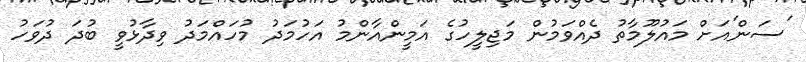
'ސަން'އަށް މައުލޫމާތު ދެއްވަމުން މަޖިލީހުގެ އަމީންއާންމު އަހުމަދު މުހައްމަދު ވިދާޅުވީ ބުދަ ދުވަހު